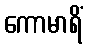
ကောမာရိံ